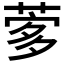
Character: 𦴌